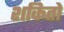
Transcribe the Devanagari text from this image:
शकितो